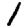
Digit: 1